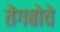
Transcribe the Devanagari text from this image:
तेंगबोचे